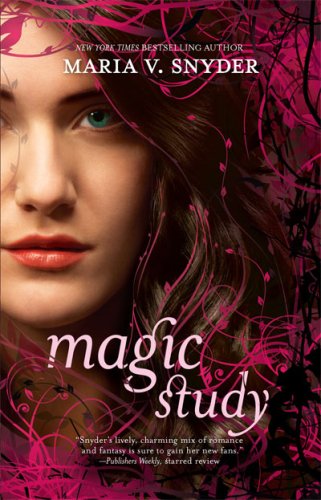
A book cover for Magic Study; Maria V. Snyder; Romance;